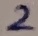
Text: 2